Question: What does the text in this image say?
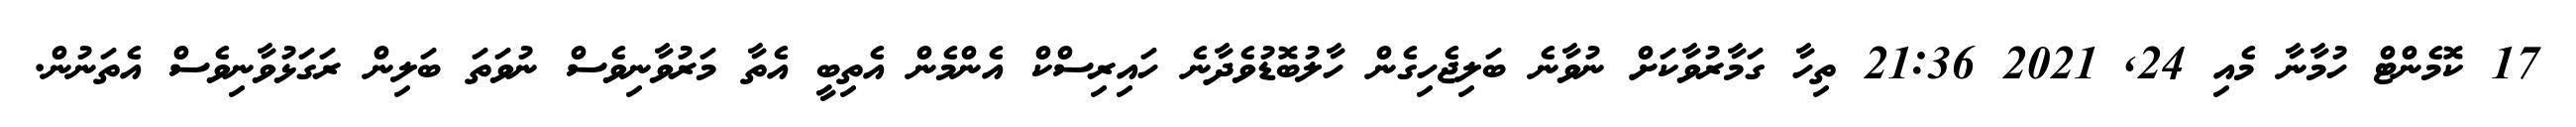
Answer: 17 ކޮމެންޓް ހުމާނާ މެއި 24, 2021 21:36 ތިހާ ގަމާރުވާކަށް ނުވާނެ ބަލިޖެހިގެން ހާލުބޮޑުވެދާނެ ހައިރިސްކް އެންމެން އެތިބީ އެތާ މަރުވާނިވެސް ނުވަތަ ބަލިން ރަގަޅުވާނިވެސް އެތަނުން.